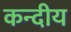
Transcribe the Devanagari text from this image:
कन्दीय